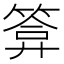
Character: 𮅫